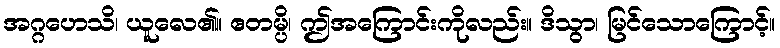
အဂ္ဂဟေသိ၊ ယူလေ၏။ ဧတမ္ပိ၊ ဤအကြောင်းကိုလည်း။ ဒိသွာ၊ မြင်သောကြောင့်။